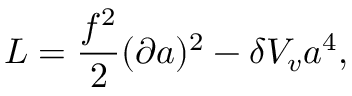
{ \cal L } = { \frac { f ^ { 2 } } { 2 } } ( \partial a ) ^ { 2 } - \delta V _ { v } a ^ { 4 } ,